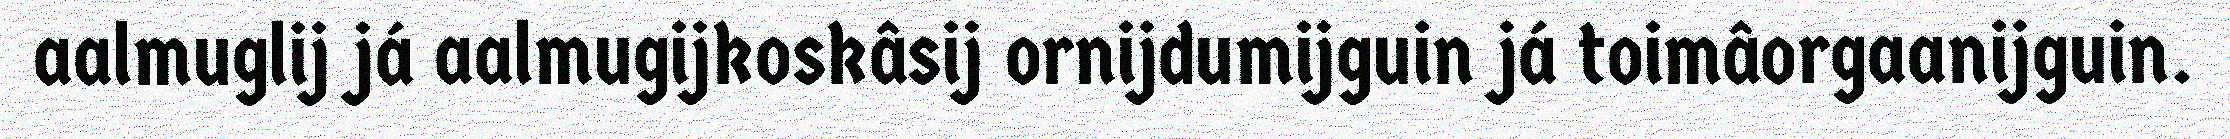
aalmuglij já aalmugijkoskâsij ornijdumijguin já toimâorgaanijguin.